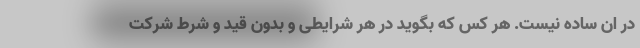
در ان ساده نیست. هر کس که بگوید در هر شرایطی و بدون قید و شرط شرکت